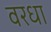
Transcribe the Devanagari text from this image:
वरधा